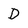
Character: D